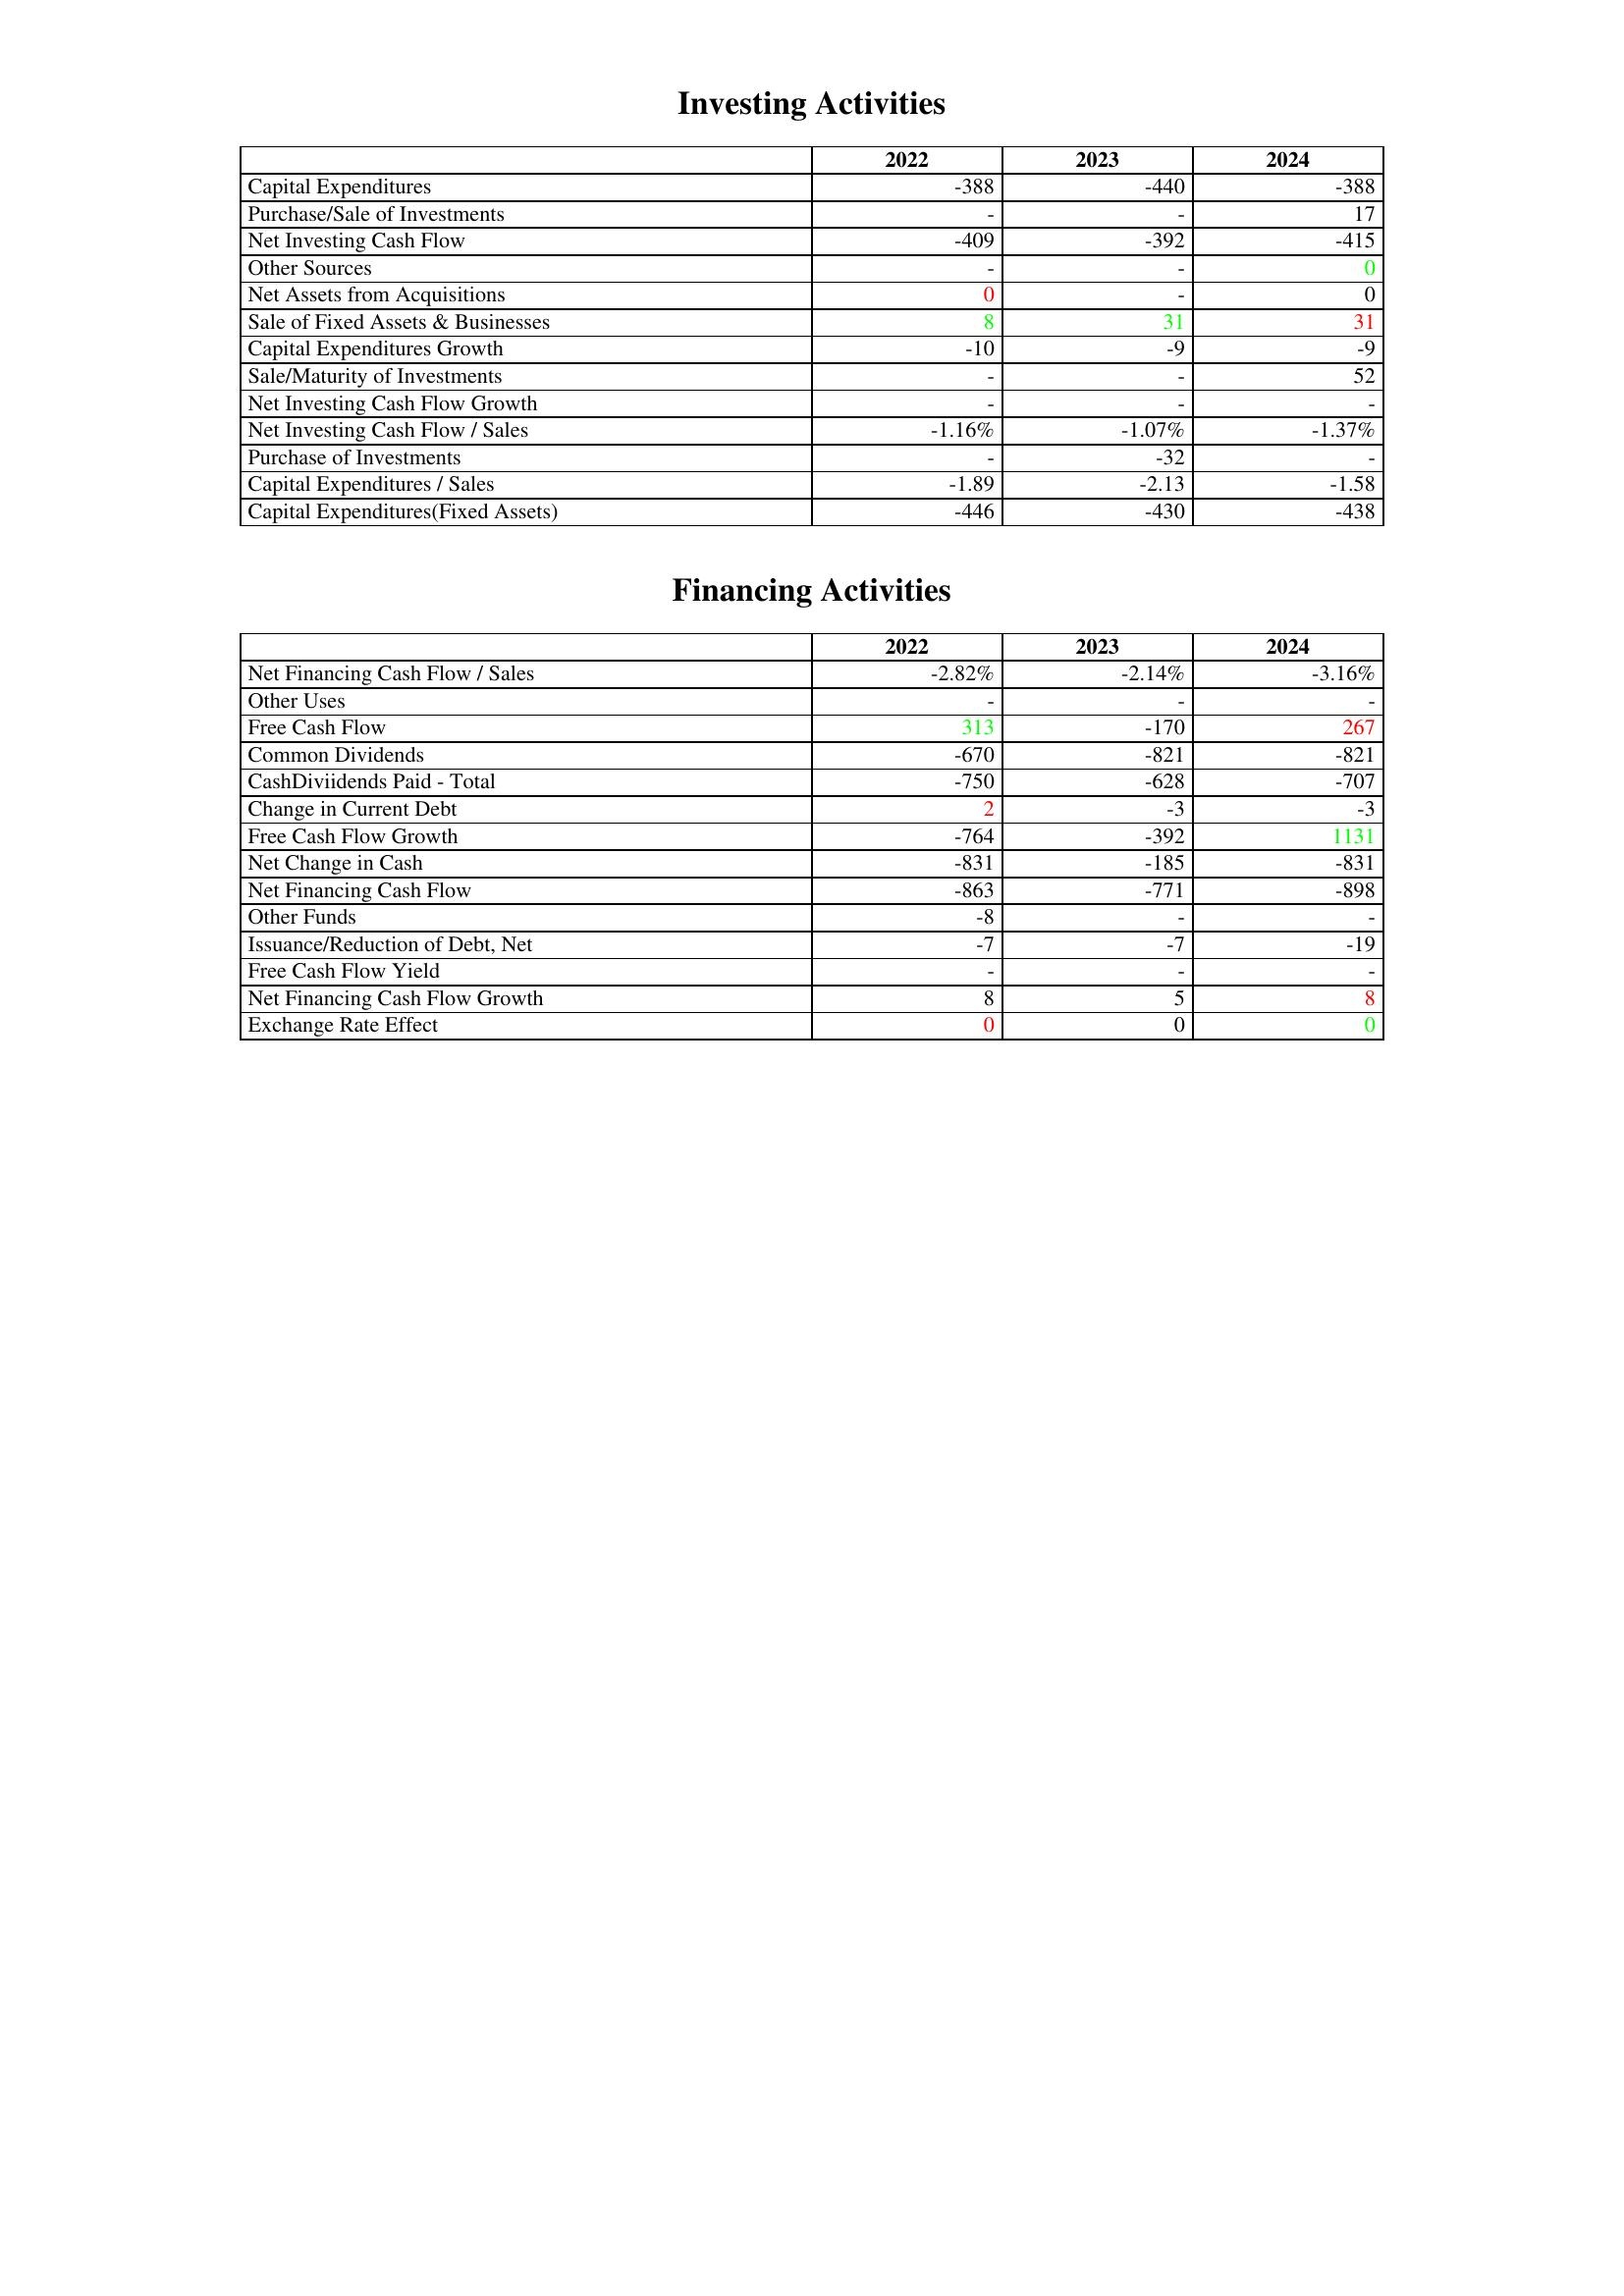
gt_parse: 2022: Investing Activities: Capital Expenditures: -388
Purchase/Sale of Investments: -
Net Investing Cash Flow: -409
Other Sources: -
Net Assets from Acquisitions: 0
Sale of Fixed Assets & Businesses: 8
Capital Expenditures Growth: -10
Sale/Maturity of Investments: -
Net Investing Cash Flow Growth: -
Net Investing Cash Flow / Sales: -1.16%
Purchase of Investments: -
Capital Expenditures / Sales: -1.89
Capital Expenditures(Fixed Assets): -446
Financing Activities: Net Financing Cash Flow / Sales: -2.82%
Other Uses: -
Free Cash Flow: 313
Common Dividends: -670
CashDiviidends Paid - Total: -750
Change in Current Debt: 2
Free Cash Flow Growth: -764
Net Change in Cash: -831
Net Financing Cash Flow: -863
Other Funds: -8
Issuance/Reduction of Debt, Net: -7
Free Cash Flow Yield: -
Net Financing Cash Flow Growth: 8
Exchange Rate Effect: 0
2023: Investing Activities: Capital Expenditures: -440
Purchase/Sale of Investments: -
Net Investing Cash Flow: -392
Other Sources: -
Net Assets from Acquisitions: -
Sale of Fixed Assets & Businesses: 31
Capital Expenditures Growth: -9
Sale/Maturity of Investments: -
Net Investing Cash Flow Growth: -
Net Investing Cash Flow / Sales: -1.07%
Purchase of Investments: -32
Capital Expenditures / Sales: -2.13
Capital Expenditures(Fixed Assets): -430
Financing Activities: Net Financing Cash Flow / Sales: -2.14%
Other Uses: -
Free Cash Flow: -170
Common Dividends: -821
CashDiviidends Paid - Total: -628
Change in Current Debt: -3
Free Cash Flow Growth: -392
Net Change in Cash: -185
Net Financing Cash Flow: -771
Other Funds: -
Issuance/Reduction of Debt, Net: -7
Free Cash Flow Yield: -
Net Financing Cash Flow Growth: 5
Exchange Rate Effect: 0
2024: Investing Activities: Capital Expenditures: -388
Purchase/Sale of Investments: 17
Net Investing Cash Flow: -415
Other Sources: 0
Net Assets from Acquisitions: 0
Sale of Fixed Assets & Businesses: 31
Capital Expenditures Growth: -9
Sale/Maturity of Investments: 52
Net Investing Cash Flow Growth: -
Net Investing Cash Flow / Sales: -1.37%
Purchase of Investments: -
Capital Expenditures / Sales: -1.58
Capital Expenditures(Fixed Assets): -438
Financing Activities: Net Financing Cash Flow / Sales: -3.16%
Other Uses: -
Free Cash Flow: 267
Common Dividends: -821
CashDiviidends Paid - Total: -707
Change in Current Debt: -3
Free Cash Flow Growth: 1131
Net Change in Cash: -831
Net Financing Cash Flow: -898
Other Funds: -
Issuance/Reduction of Debt, Net: -19
Free Cash Flow Yield: -
Net Financing Cash Flow Growth: 8
Exchange Rate Effect: 0